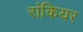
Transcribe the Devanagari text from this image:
रांकियर